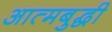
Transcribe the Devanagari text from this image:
आत्मबुद्धी